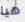
هيا